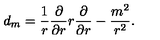
d _ { m } = { \frac { 1 } { r } } { \frac { \partial } { \partial r } } r { \frac { \partial } { \partial r } } - { \frac { m ^ { 2 } } { r ^ { 2 } } } .